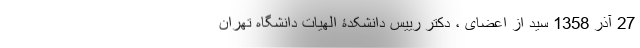
27 آذر 1358 سید از اعضای ، دکتر رییس دانشکدۀ الهیات دانشگاه تهران